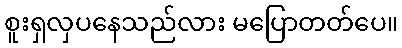
စူးရှလှပနေသည်လား မပြောတတ်ပေ။